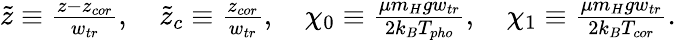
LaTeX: \begin{array}{r}{\tilde{z}\equiv\frac{z-z_{cor}}{w_{tr}},\quad\tilde{z}_{c}\equiv\frac{z_{cor}}{w_{tr}},\quad\chi_{0}\equiv\frac{\mu m_{H}gw_{tr}}{2k_{B}T_{pho}},\quad\chi_{1}\equiv\frac{\mu m_{H}gw_{tr}}{2k_{B}T_{cor}}.}\end{array}